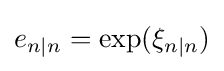
e_{n|n}=\exp(\xi _{n|n})